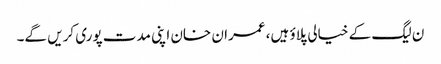
ن لیگ کے خیالی پلاؤ ہیں، عمران خان اپنی مدت پوری کریں گے۔